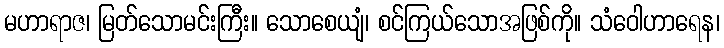
မဟာရာဇ၊ မြတ်သောမင်းကြီး။ သောစေယျံ၊ စင်ကြယ်သောအဖြစ်ကို။ သံဝေါဟာရေန၊